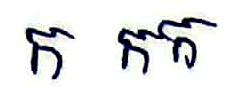
ក កក